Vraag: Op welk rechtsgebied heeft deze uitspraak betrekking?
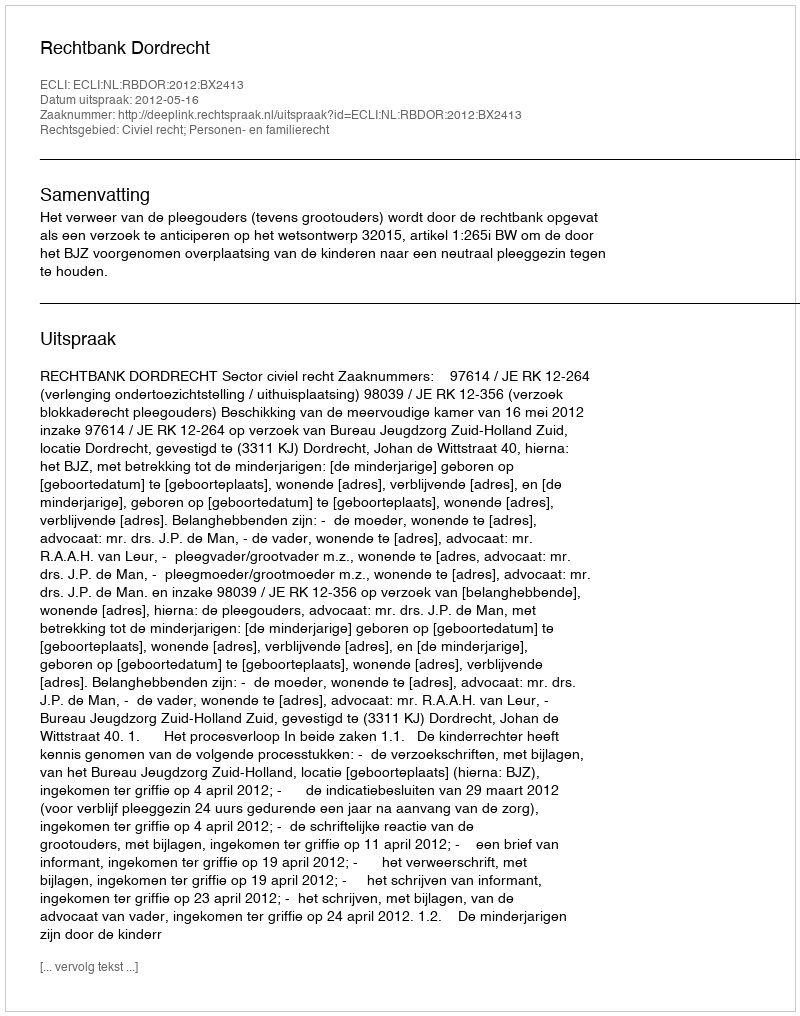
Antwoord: Civiel recht; Personen- en familierecht